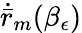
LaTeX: \dot{\bar{r}}_{m}(\beta_{\epsilon})